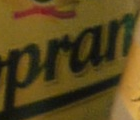
pran